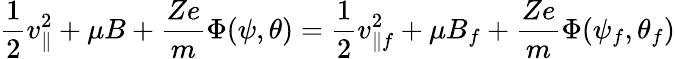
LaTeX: \frac{1}{2}v_{\parallel}^{2}+\mu B+\frac{Ze}{m}\Phi(\psi,\theta)=\frac{1}{2}v_{\parallel f}^{2}+\mu B_{f}+\frac{Ze}{m}\Phi(\psi_{f},\theta_{f})